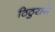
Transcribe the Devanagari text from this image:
ठिठुराने